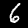
Digit: 6